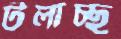
টলাচ্ছ